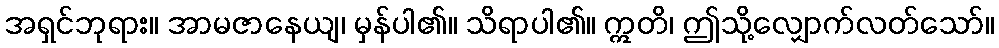
အရှင်ဘုရား။ အာမဇာနေယျ၊ မှန်ပါ၏။ သိရာပါ၏။ ဣတိ၊ ဤသို့လျှောက်လတ်သော်။